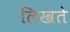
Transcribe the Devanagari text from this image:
लिखते